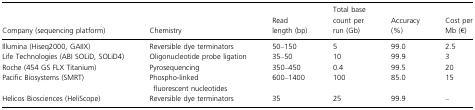
| Company (sequencing platform) | Chemistry | Read length (bp) | Total base count per run (Gb) | Accuracy (%) | Cost per Mb (€) |
 | --- | --- | --- | --- | --- | --- |
 | Illumina (Hiseq2000, GAIIX) | Reversible dye terminators | 50–150 | 5 | 99.0 | 2.5 |
 | Life Technologies (ABI SOLiD, SOLiD4) | Oligonucleotide probe ligation | 35–50 | 10 | 99.9 | 3 |
 | Roche (454 GS FLX Titanium) | Pyrosequencing | 350–450 | 0.4 | 99.5 | 20 |
 | Pacific Biosystems (SMRT) | Phospho-linked fluorescent nucleotides | 600–1400 | 100 | 85.0 | 15 |
 | Helicos Biosciences (HeliScope) | Reversible dye terminators | 35 | 25 | 99.9 | – |